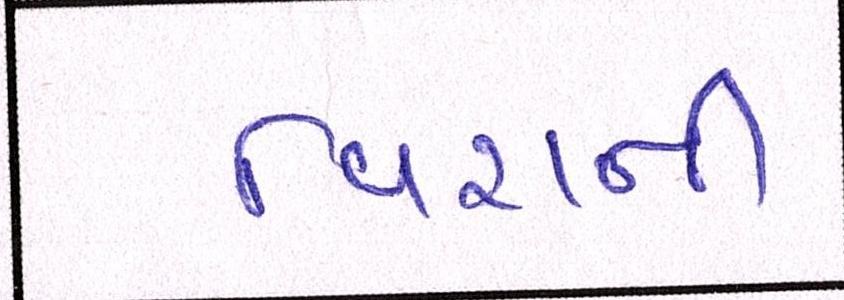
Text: વિરાની